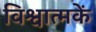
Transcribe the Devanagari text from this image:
विश्वात्मकें